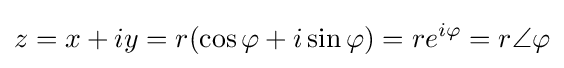
z=x+iy=r(\cos {\varphi }+i\sin {\varphi })=re^{i\varphi }=r\angle {\varphi }